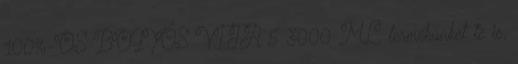
100%-OS BOGYÓS VITA 5 3000 ML termékünket te is,